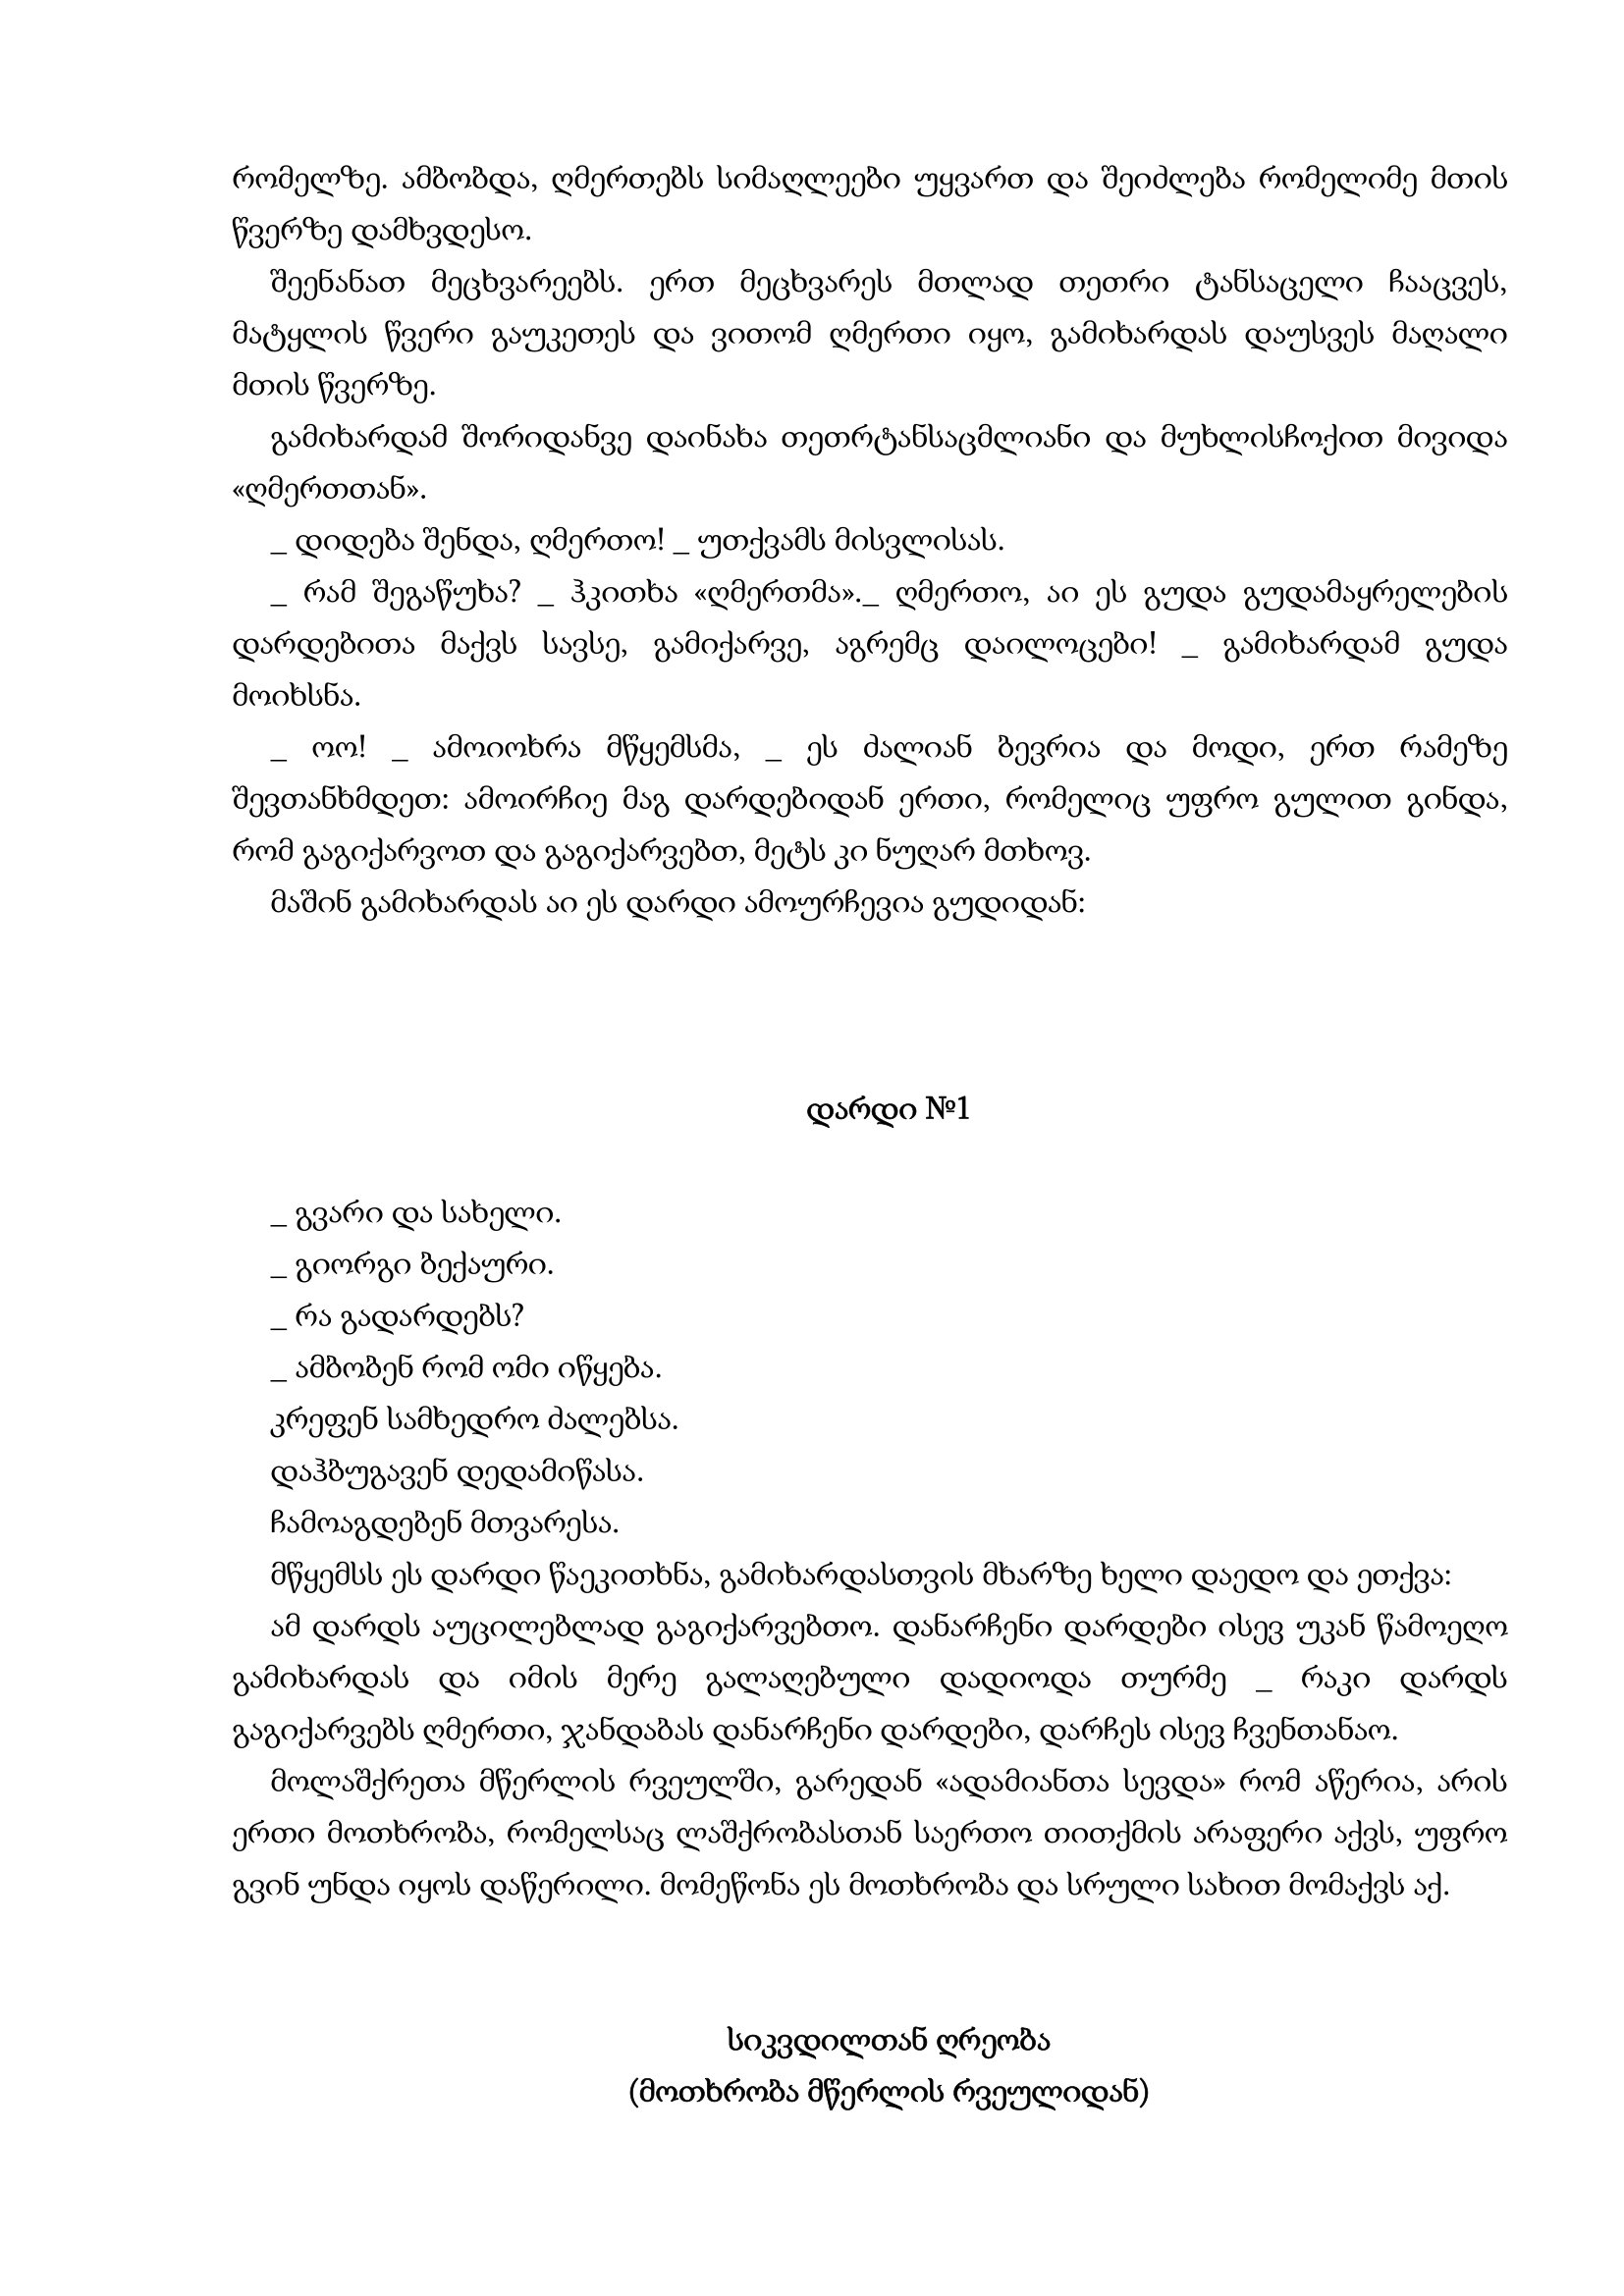
Language: gr